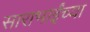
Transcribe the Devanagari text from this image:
साराभाईंच्या